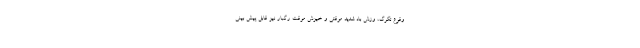
وقوع تگرگ، وزش باد شدید موقتی و خیزش موقت رگبار نیز قابل پیش بینی